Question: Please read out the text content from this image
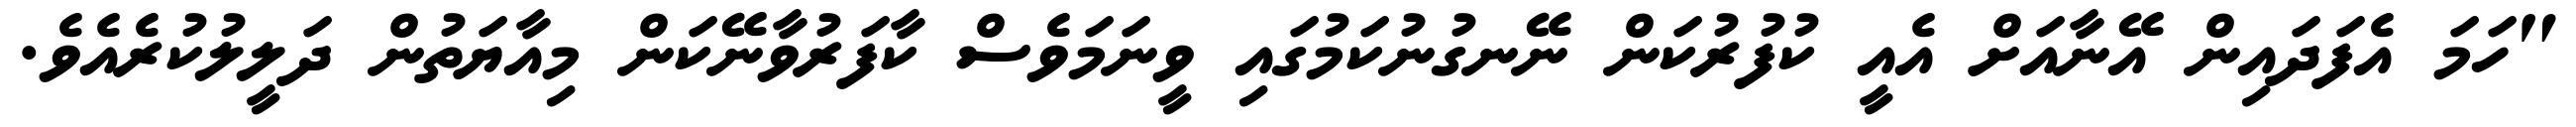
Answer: "ހަމަ އެފަދައިން އޭނާއަށް އެއީ ކުފުރުކަން ނޭނގުނުކަމުގައި ވީނަމަވެސް ކާފަރުވާނޭކަން މިއާޔަތުން ދަލީލުކުރެއެވެ.